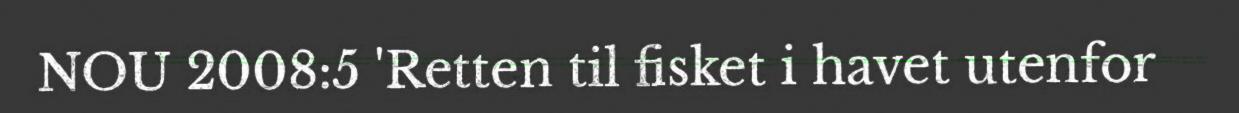
NOU 2008:5 'Retten til fisket i havet utenfor